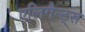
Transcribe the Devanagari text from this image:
एलिगैन्ट्स